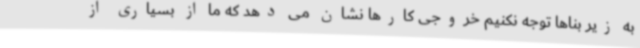
به زیر بناها توجه نکنیم خروجی کارها نشان می دهد که ما از بسیاری از